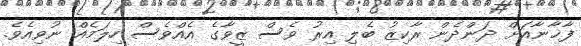
ފާޚާނާއަށް ދަންދެން ރާކިޒު ބެލި އިރު ވެސް ޒީވާގެ އެއްވެސް ހިލަމެއް ނުވިއެވެ.